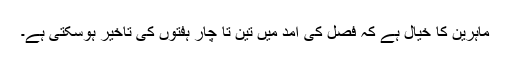
ماہرین کا خیال ہے کہ فصل کی آمد میں تین تا چار ہفتوں کی تاخیر ہوسکتی ہے۔